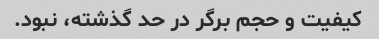
کیفیت و حجم برگر در حد گذشته، نبود.